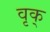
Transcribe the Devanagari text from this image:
वृक्